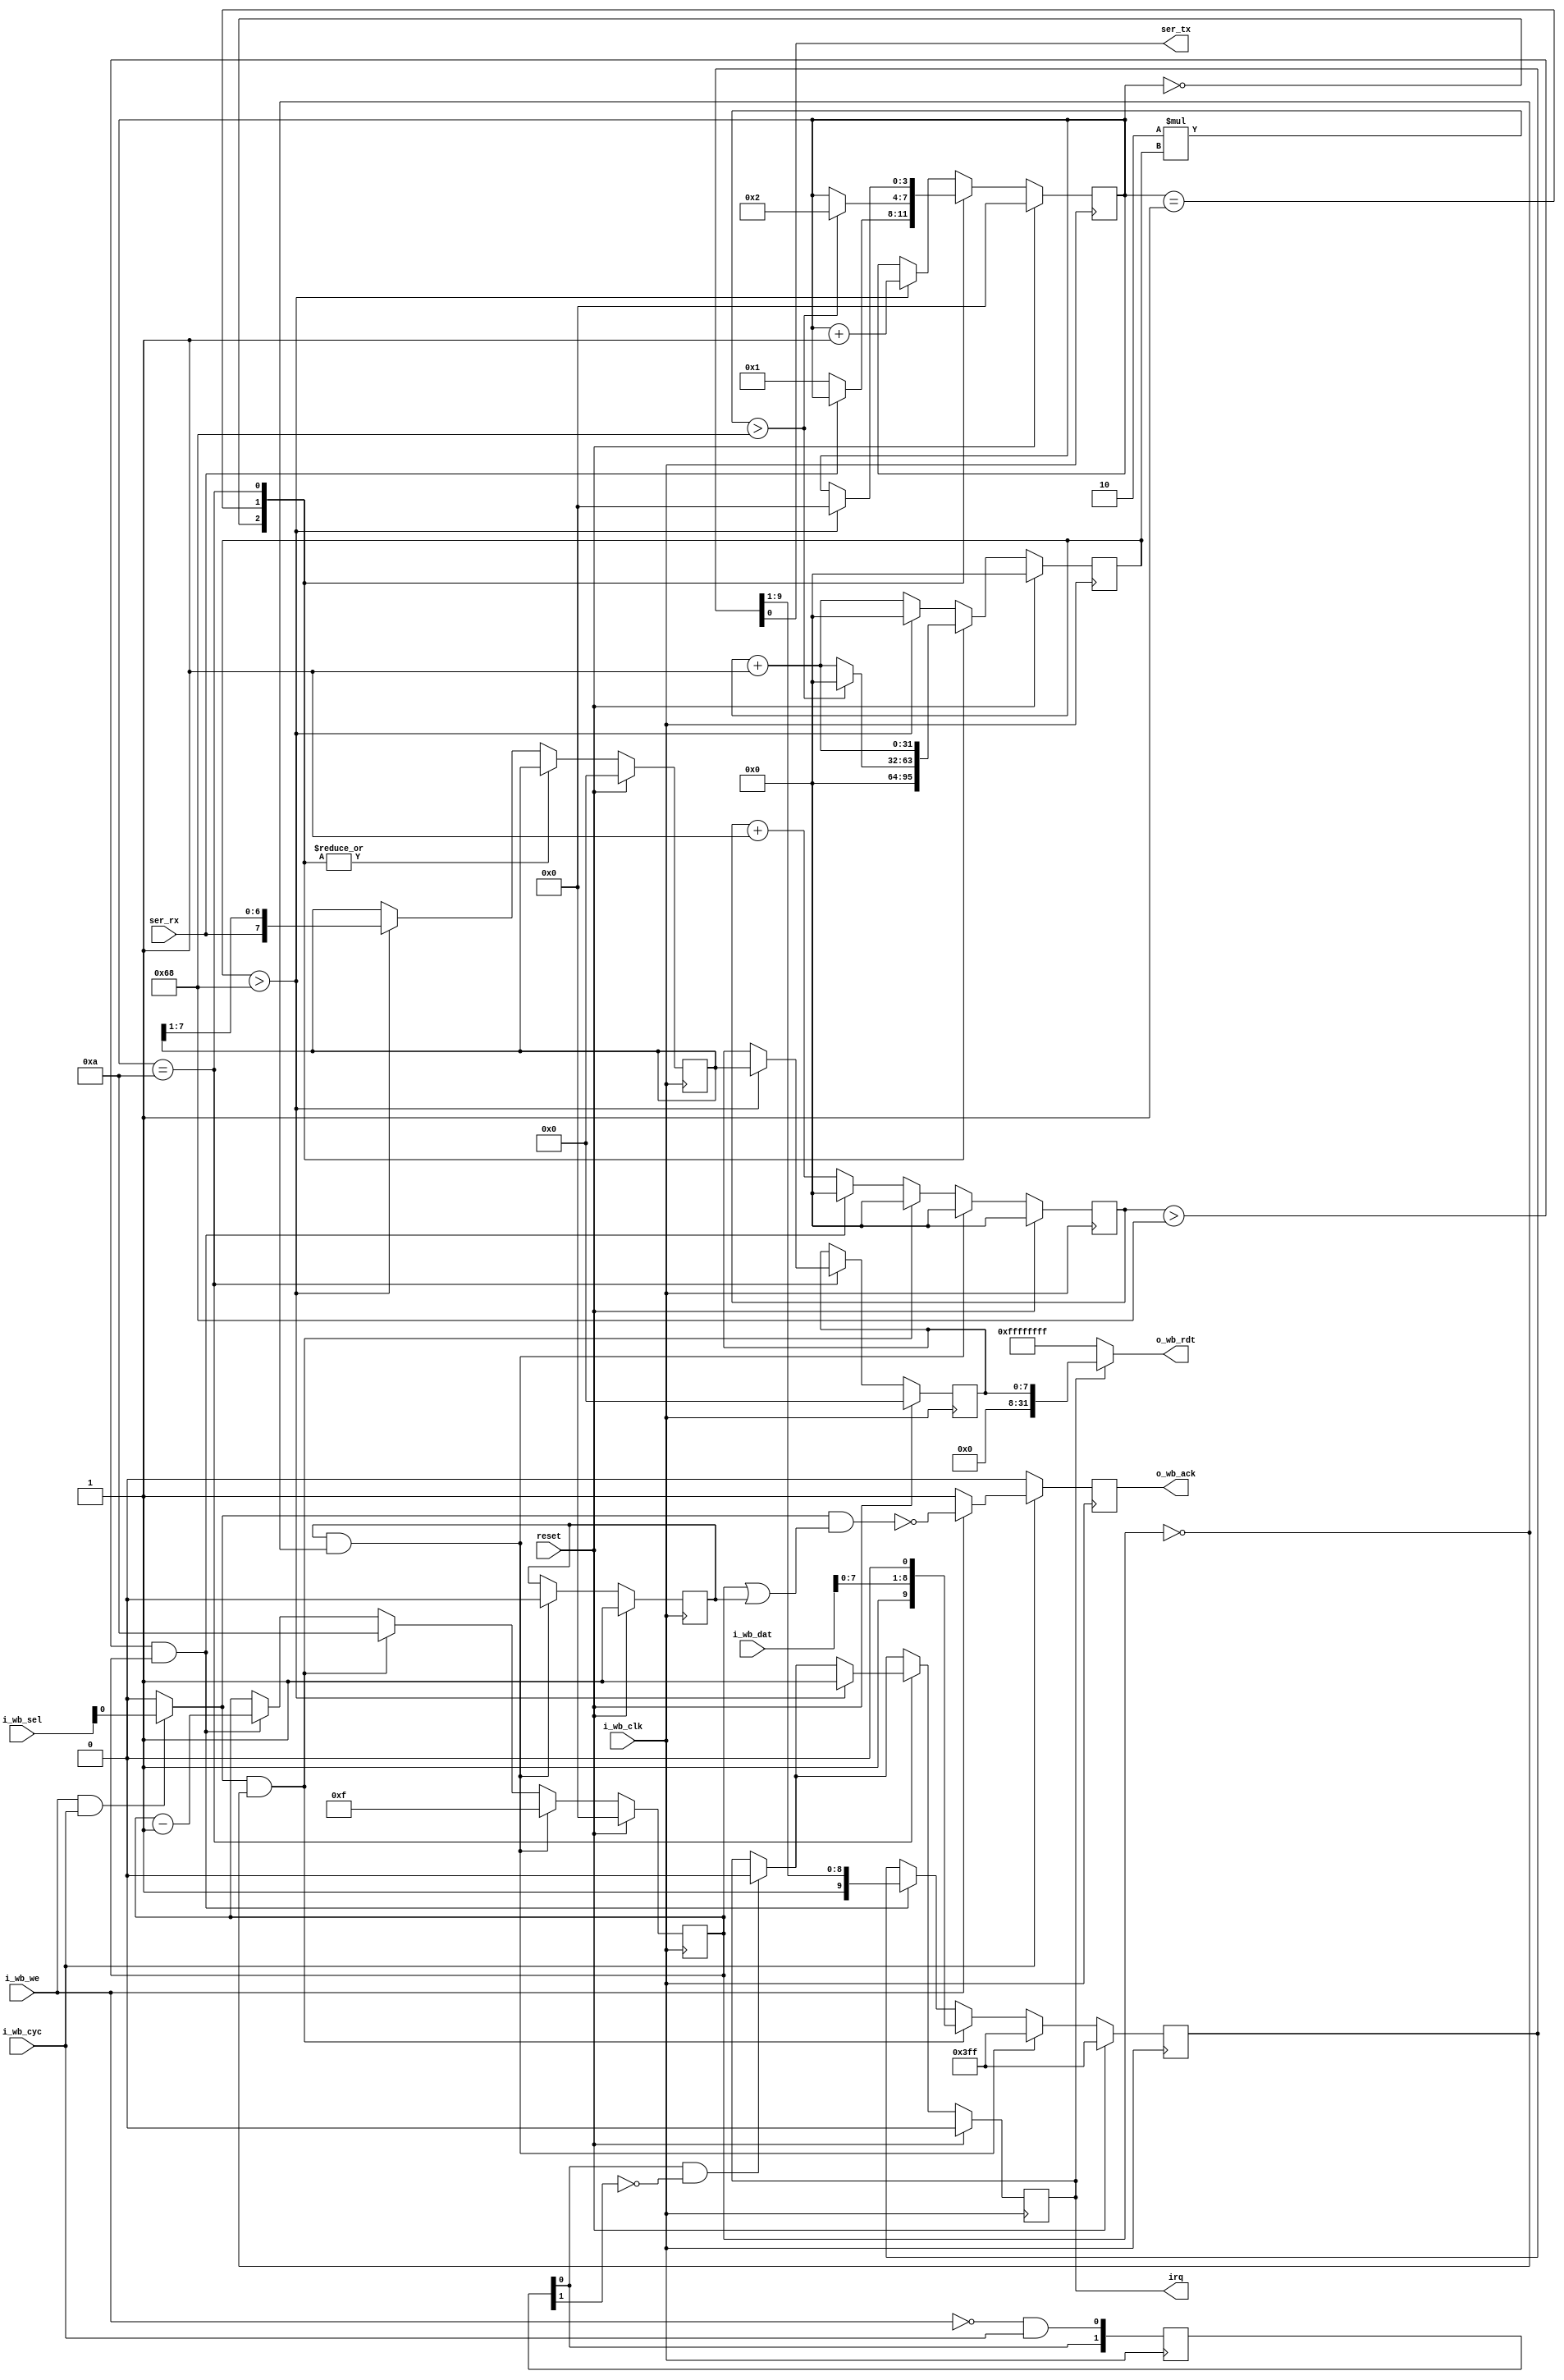
module rocketcpu_uart #(
	parameter integer PREESCALER_DIV = 104
)(  
	input wire            reset,

    input wire 		    i_wb_clk,
    input wire [31:0] 	i_wb_dat,
    input wire [3:0] 	i_wb_sel,
    input wire 		    i_wb_we,
    input wire 		    i_wb_cyc,
    output reg [31:0] 	o_wb_rdt,
    output reg 	        o_wb_ack,

	output ser_tx,
	input  ser_rx,
	output wire irq,
);
	reg [13:0] cfg_divider = PREESCALER_DIV;

	reg [3:0] recv_state;
	reg [31:0] recv_divcnt;
	reg [7:0] recv_pattern;
	reg [7:0] recv_buf_data;
	reg recv_buf_valid;

	assign irq = recv_buf_valid;

	reg [9:0] send_pattern;
	reg [3:0] send_bitcnt;
	reg [31:0] send_divcnt;
	reg send_dummy;

	wire reg_dat_we;
	wire reg_dat_wait;

	assign reg_dat_we = (i_wb_we && i_wb_cyc) ? i_wb_sel[0] : 1'b0;
	assign reg_dat_wait = reg_dat_we && (send_bitcnt || send_dummy);
	assign o_wb_rdt = (recv_buf_valid) ? recv_buf_data : ~0;

	reg [1:0]		uart_re;
	wire reg_dat_re;
	assign reg_dat_re = uart_re[0] && !uart_re[1];
	always @(posedge i_wb_clk) begin
		uart_re[1] <= uart_re[0];
		uart_re[0] <= !i_wb_we && i_wb_cyc;
	end

	always @(posedge i_wb_clk) begin
		if (i_wb_cyc) begin
			o_wb_ack <= (i_wb_we) ? !reg_dat_wait : 1'b1;
		end else begin
			o_wb_ack <= 0;
		end
  	end

	always @(posedge i_wb_clk) begin
		if (reset) begin
			recv_state <= 0;
			recv_divcnt <= 0;
			recv_pattern <= 0;
			recv_buf_data <= 0;
			recv_buf_valid <= 0;
		end else begin
			recv_divcnt <= recv_divcnt + 1;
			if (reg_dat_re)
				recv_buf_valid <= 0;
			case (recv_state)
				0: begin
					if (!ser_rx)
						recv_state <= 1;
					recv_divcnt <= 0;
				end
				1: begin
					if (2*recv_divcnt > cfg_divider) begin
						recv_state <= 2;
						recv_divcnt <= 0;
					end
				end
				10: begin
					if (recv_divcnt > cfg_divider) begin
						recv_buf_data <= recv_pattern;
						recv_buf_valid <= 1;
						recv_state <= 0;
					end
				end
				default: begin
					if (recv_divcnt > cfg_divider) begin
						recv_pattern <= {ser_rx, recv_pattern[7:1]};
						recv_state <= recv_state + 1;
						recv_divcnt <= 0;
					end
				end
			endcase
		end
	end

	assign ser_tx = send_pattern[0];

	always @(posedge i_wb_clk) begin
		send_divcnt <= send_divcnt + 1;
		if (reset) begin
			send_pattern <= ~0;
			send_bitcnt <= 0;
			send_divcnt <= 0;
			send_dummy <= 1;
		end else begin
			if (send_dummy && !send_bitcnt) begin
				send_pattern <= ~0;
				send_bitcnt <= 15;
				send_divcnt <= 0;
				send_dummy <= 0;
			end else
			if (reg_dat_we && !send_bitcnt) begin
				send_pattern <= {1'b1, i_wb_dat[7:0], 1'b0};
				send_bitcnt <= 10;
				send_divcnt <= 0;
			end else
			if (send_divcnt > cfg_divider && send_bitcnt) begin
				send_pattern <= {1'b1, send_pattern[9:1]};
				send_bitcnt <= send_bitcnt - 1;
				send_divcnt <= 0;
			end
		end
	end
endmodule